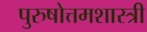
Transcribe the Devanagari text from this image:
पुरुषोत्तमशास्त्री